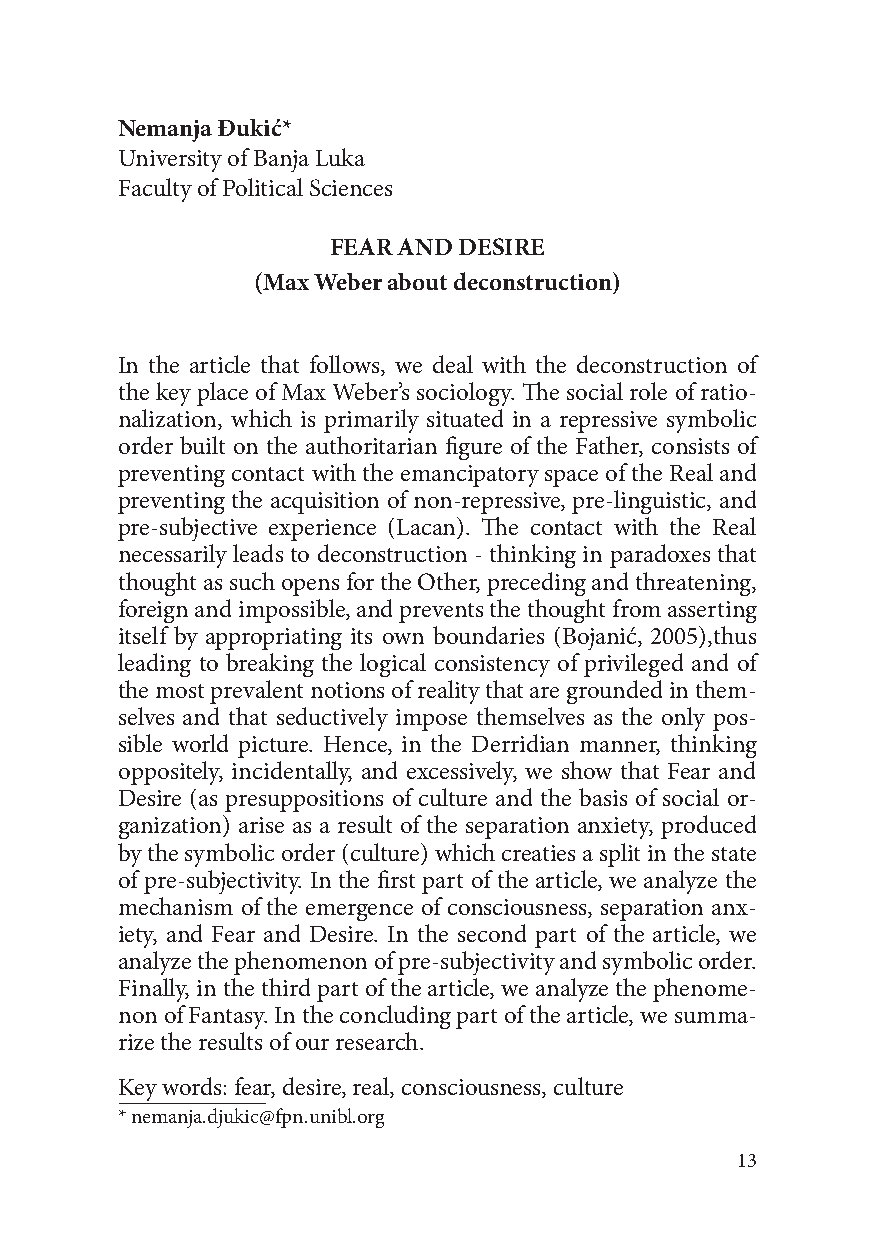
Nemanja Đukić*
 University of Banja Luka
 Faculty of Political Sciences
 FEAR AND DESIRE
 (Max Weber about deconstruction)
 In the article that follows, we deal with the deconstruction of
 the key place of Max Weber’s sociology. The social role of ratio-
 nalization, which is primarily situated in a repressive symbolic
 order built on the authoritarian figure of the Father, consists of
 preventing contact with the emancipatory space of the Real and
 preventing the acquisition of non-repressive, pre-linguistic, and
 pre-subjective experience (Lacan). The contact with the Real
 necessarily leads to deconstruction - thinking in paradoxes that
 thought as such opens for the Other, preceding and threatening,
 foreign and impossible, and prevents the thought from asserting
 itself by appropriating its own boundaries (Bojanić, 2005),thus
 leading to breaking the logical consistency of privileged and of
 the most prevalent notions of reality that are grounded in them-
 selves and that seductively impose themselves as the only pos-
 sible world picture. Hence, in the Derridian manner, thinking
 oppositely, incidentally, and excessively, we show that Fear and
 Desire (as presuppositions of culture and the basis of social or-
 ganization) arise as a result of the separation anxiety, produced
 by the symbolic order (culture) which creaties a split in the state
 of pre-subjectivity. In the first part of the article, we analyze the
 mechanism of the emergence of consciousness, separation anx-
 iety, and Fear and Desire. In the second part of the article, we
 analyze the phenomenon of pre-subjectivity and symbolic order.
 Finally, in the third part of the article, we analyze the phenome-
 non of Fantasy. In the concluding part of the article, we summa-
 rize the results of our research.
 Key words: fear, desire, real, consciousness, culture
 * nemanja.djukic@fpn.unibl.org
 13